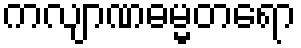
ကလျာဏဓမ္မတရော